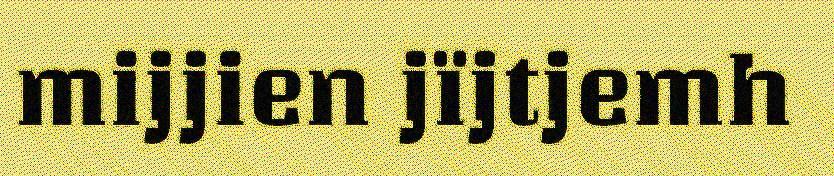
mijjien jïjtjemh